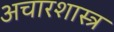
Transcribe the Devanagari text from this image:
अचारशास्त्र